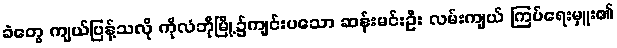
ခဲတွေ ကျယ်ပြန့်သလို ကိုလံဘိုမြို့၌ကျင်းပသော ဆန်းမင်းဦး လမ်းကျယ် ကြပ်ရေးမှူး၏